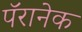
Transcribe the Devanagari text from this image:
पॅरानेक